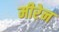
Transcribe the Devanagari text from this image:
मीरेन